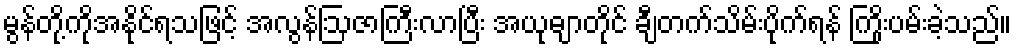
မွန်တို့ကိုအနိုင်ရသဖြင့် အလွန်ဩဇာကြီးလာပြီး အယုဓျာတိုင် ချီတက်သိမ်းပိုက်ရန် ကြိုးပမ်းခဲ့သည်။